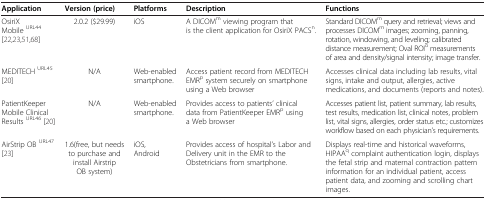
<table><thead><tr><td><b>Application</b></td><td><b>Version (price)</b></td><td><b>Platforms</b></td><td><b>Description</b></td><td><b>Functions</b></td></tr></thead><tbody><tr><td>OsiriX Mobile <sup>URL44</sup>[22,23,51,68]</td><td>2.0.2 ($29.99)</td><td>iOS</td><td>A DICOM<sup>m</sup> viewing program that is the client application for OsiriX PACS<sup>n</sup>.</td><td>Standard DICOM<sup>m</sup> query and retrieval; views and processes DICOM<sup>m</sup> images; zooming, panning, rotation, windowing, and leveling; calibrated distance measurement; Oval ROI<sup>o</sup> measurements of area and density/signal intensity; image transfer.</td></tr><tr><td>MEDITECH <sup>URL45</sup>[20]</td><td>N/A</td><td>Web-enabled smartphone.</td><td>Access patient record from MEDITECH EMR<sup>p</sup> system securely on smartphone using a Web browser</td><td>Accesses clinical data including lab results, vital signs, intake and output, allergies, active medications, and documents (reports and notes).</td></tr><tr><td>PatientKeeper Mobile Clinical Results <sup>URL46</sup>[20]</td><td>N/A</td><td>Web-enabled smartphone.</td><td>Provides access to patients’ clinical data from PatientKeeper EMR<sup>p</sup> using a Web browser</td><td>Accesses patient list, patient summary, lab results, test results, medication list, clinical notes, problem list, vital signs, allergies, order status etc.; customizes workflow based on each physician’s requirements.</td></tr><tr><td>AirStrip OB <sup>URL47</sup>[23]</td><td>1.6(free, but needs to purchase and install Airstrip OB system)</td><td>iOS, Android</td><td>Provides access of hospital’s Labor and Delivery unit in the EMR to the Obstetricians from smartphone.</td><td>Displays real-time and historical waveforms, HIPAA<sup>q</sup> complaint authentication login, displays the fetal strip and maternal contraction pattern information for an individual patient, access patient data, and zooming and scrolling chart images.</td></tr></tbody></table>